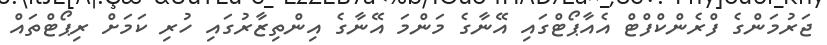
ޖަރުމަންގެ ފްރެންކްފްޓް އެއާޕޯޓްގައި އޭނާގެ މަންމަ އޭނާގެ އިންތިޒާރުގައި ހުރި ކަމަށް ރިޕޯޓްތައް